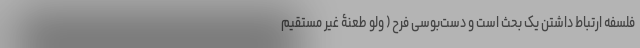
فلسفه ارتباط داشتن یک بحث است و دست‌بوسی فرح ( ولو طعنۀ غیر مستقیم